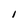
Character: l